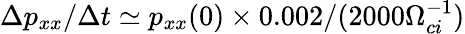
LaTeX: \Delta p_{xx}/\Delta t\simeq p_{xx}(0)\times 0.002/(2000\Omega_{ci}^{-1})